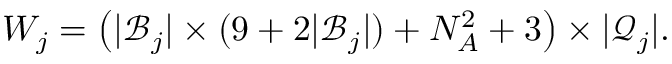
W _ { j } = \left( \vert \mathcal { B } _ { j } \vert \times ( 9 + 2 \vert \mathcal { B } _ { j } \vert ) + N _ { A } ^ { 2 } + 3 \right) \times \vert \mathcal { Q } _ { j } \vert .